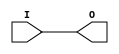
///////////////////////////////////////////////////////////////////////////////
//  Copyright (c) 1995/2018 Xilinx, Inc.
//  All Right Reserved.
///////////////////////////////////////////////////////////////////////////////
//   ____  ____
//  /   /\/   /
// /___/  \  /     Vendor      : Xilinx
// \   \   \/      Version     : 2019.1
//  \   \          Description : Xilinx Unified Simulation Library Component
//  /   /                        BUFG_FABRIC
// /___/   /\      Filename    : BUFG_FABRIC.v
// \   \  /  \
//  \___\/\___\
//
///////////////////////////////////////////////////////////////////////////////
//  Revision:
//
//  End Revision:
///////////////////////////////////////////////////////////////////////////////

`timescale 1 ps / 1 ps

`celldefine

module BUFG_FABRIC
`ifdef XIL_TIMING
#(
  parameter LOC = "UNPLACED"
)
`endif
(
  output O,

  input I
);

// define constants
  localparam MODULE_NAME = "BUFG_FABRIC";
  
// begin behavioral model

  assign O = I;

// end behavioral model

`ifdef XIL_TIMING
  reg notifier;
`endif

`ifndef XIL_XECLIB
`ifdef XIL_TIMING
  specify
    (I => O) = (0:0:0, 0:0:0);
    $period (negedge I, 0:0:0, notifier);
    $period (posedge I, 0:0:0, notifier);
    $width (negedge I, 0:0:0, 0, notifier);
    $width (posedge I, 0:0:0, 0, notifier);
    specparam PATHPULSE$ = 0;
  endspecify
`endif
`endif
endmodule

`endcelldefine